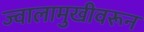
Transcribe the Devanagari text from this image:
ज्वालामुखीवरून